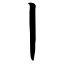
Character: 丨